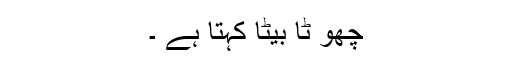
چھو ٹا بیٹا کہتا ہے ۔